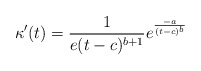
\begin{align*}\kappa '(t)=\frac{1}{e(t-c)^{b+1}}e^{\frac{-a}{(t-c)^b}}\end{align*}